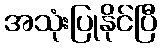
အသုံးပြုနိုင်ပြီ